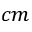
c m